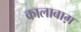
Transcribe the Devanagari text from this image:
कालाबाग़